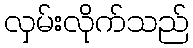
လှမ်းလိုက်သည်